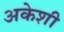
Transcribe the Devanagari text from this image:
अकेशी